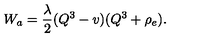
W _ { a } = \frac { \lambda } { 2 } ( Q ^ { 3 } - v ) ( Q ^ { 3 } + \rho _ { e } ) .